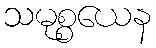
သမုစ္စယေန